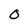
Character: O